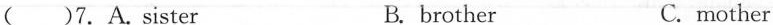
( )7.A.Sister B. brother C.mother